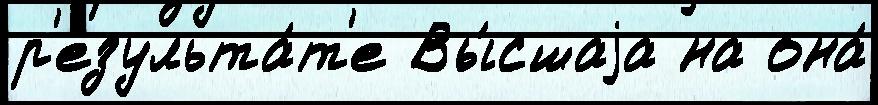
р'езульта́т'е Вы́сшаjа на она́